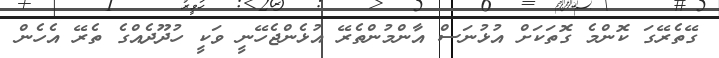
ގޭތެރޭގަ ކޮންމެ ގޮތަކަށް އުޅުނަސް އާންމުންތެރޭ އުޅެންޖެހޭނީ ވަކީ ހުދޫދެއްގެ ތެރޭ އެހެން